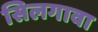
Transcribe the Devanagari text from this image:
सिलगावा